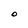
Character: O